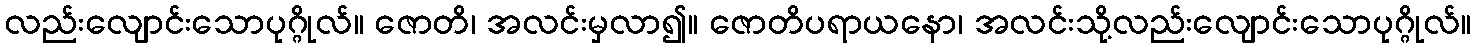
လည်းလျောင်းသောပုဂ္ဂိုလ်။ ဇောတိ၊ အလင်းမှလာ၍။ ဇောတိပရာယနော၊ အလင်းသို့လည်းလျောင်းသောပုဂ္ဂိုလ်။